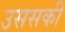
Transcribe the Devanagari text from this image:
उससकी